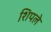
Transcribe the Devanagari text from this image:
शिपले